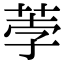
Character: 荸